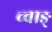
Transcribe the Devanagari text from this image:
च्वाङ्‌